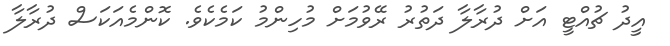
އީދު ޗުއްޓީ އަށް ދުރާލާ ދަތުރު ރޭވުމަށް މުހިންމު ކަމެކެވެ. ކޮންމެއަކަސް ދުރާލާ